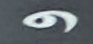
و